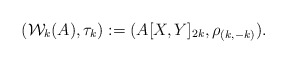
\begin{align*} ({\mathcal W}_k(A), \tau_k) := (A[X,Y]_{2k}, \rho_{(k,-k)}). \end{align*}